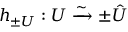
h _ { \pm U } : U \xrightarrow { \sim } \pm \hat { U }